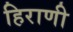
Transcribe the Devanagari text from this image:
हिराणी